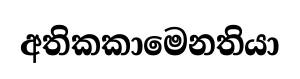
අතිකකාමෙනතියා